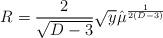
LaTeX: \begin{align*}R={2 \over \sqrt {D-3}} \sqrt y \hat \mu^{1\over 2(D-3)}\end{align*}